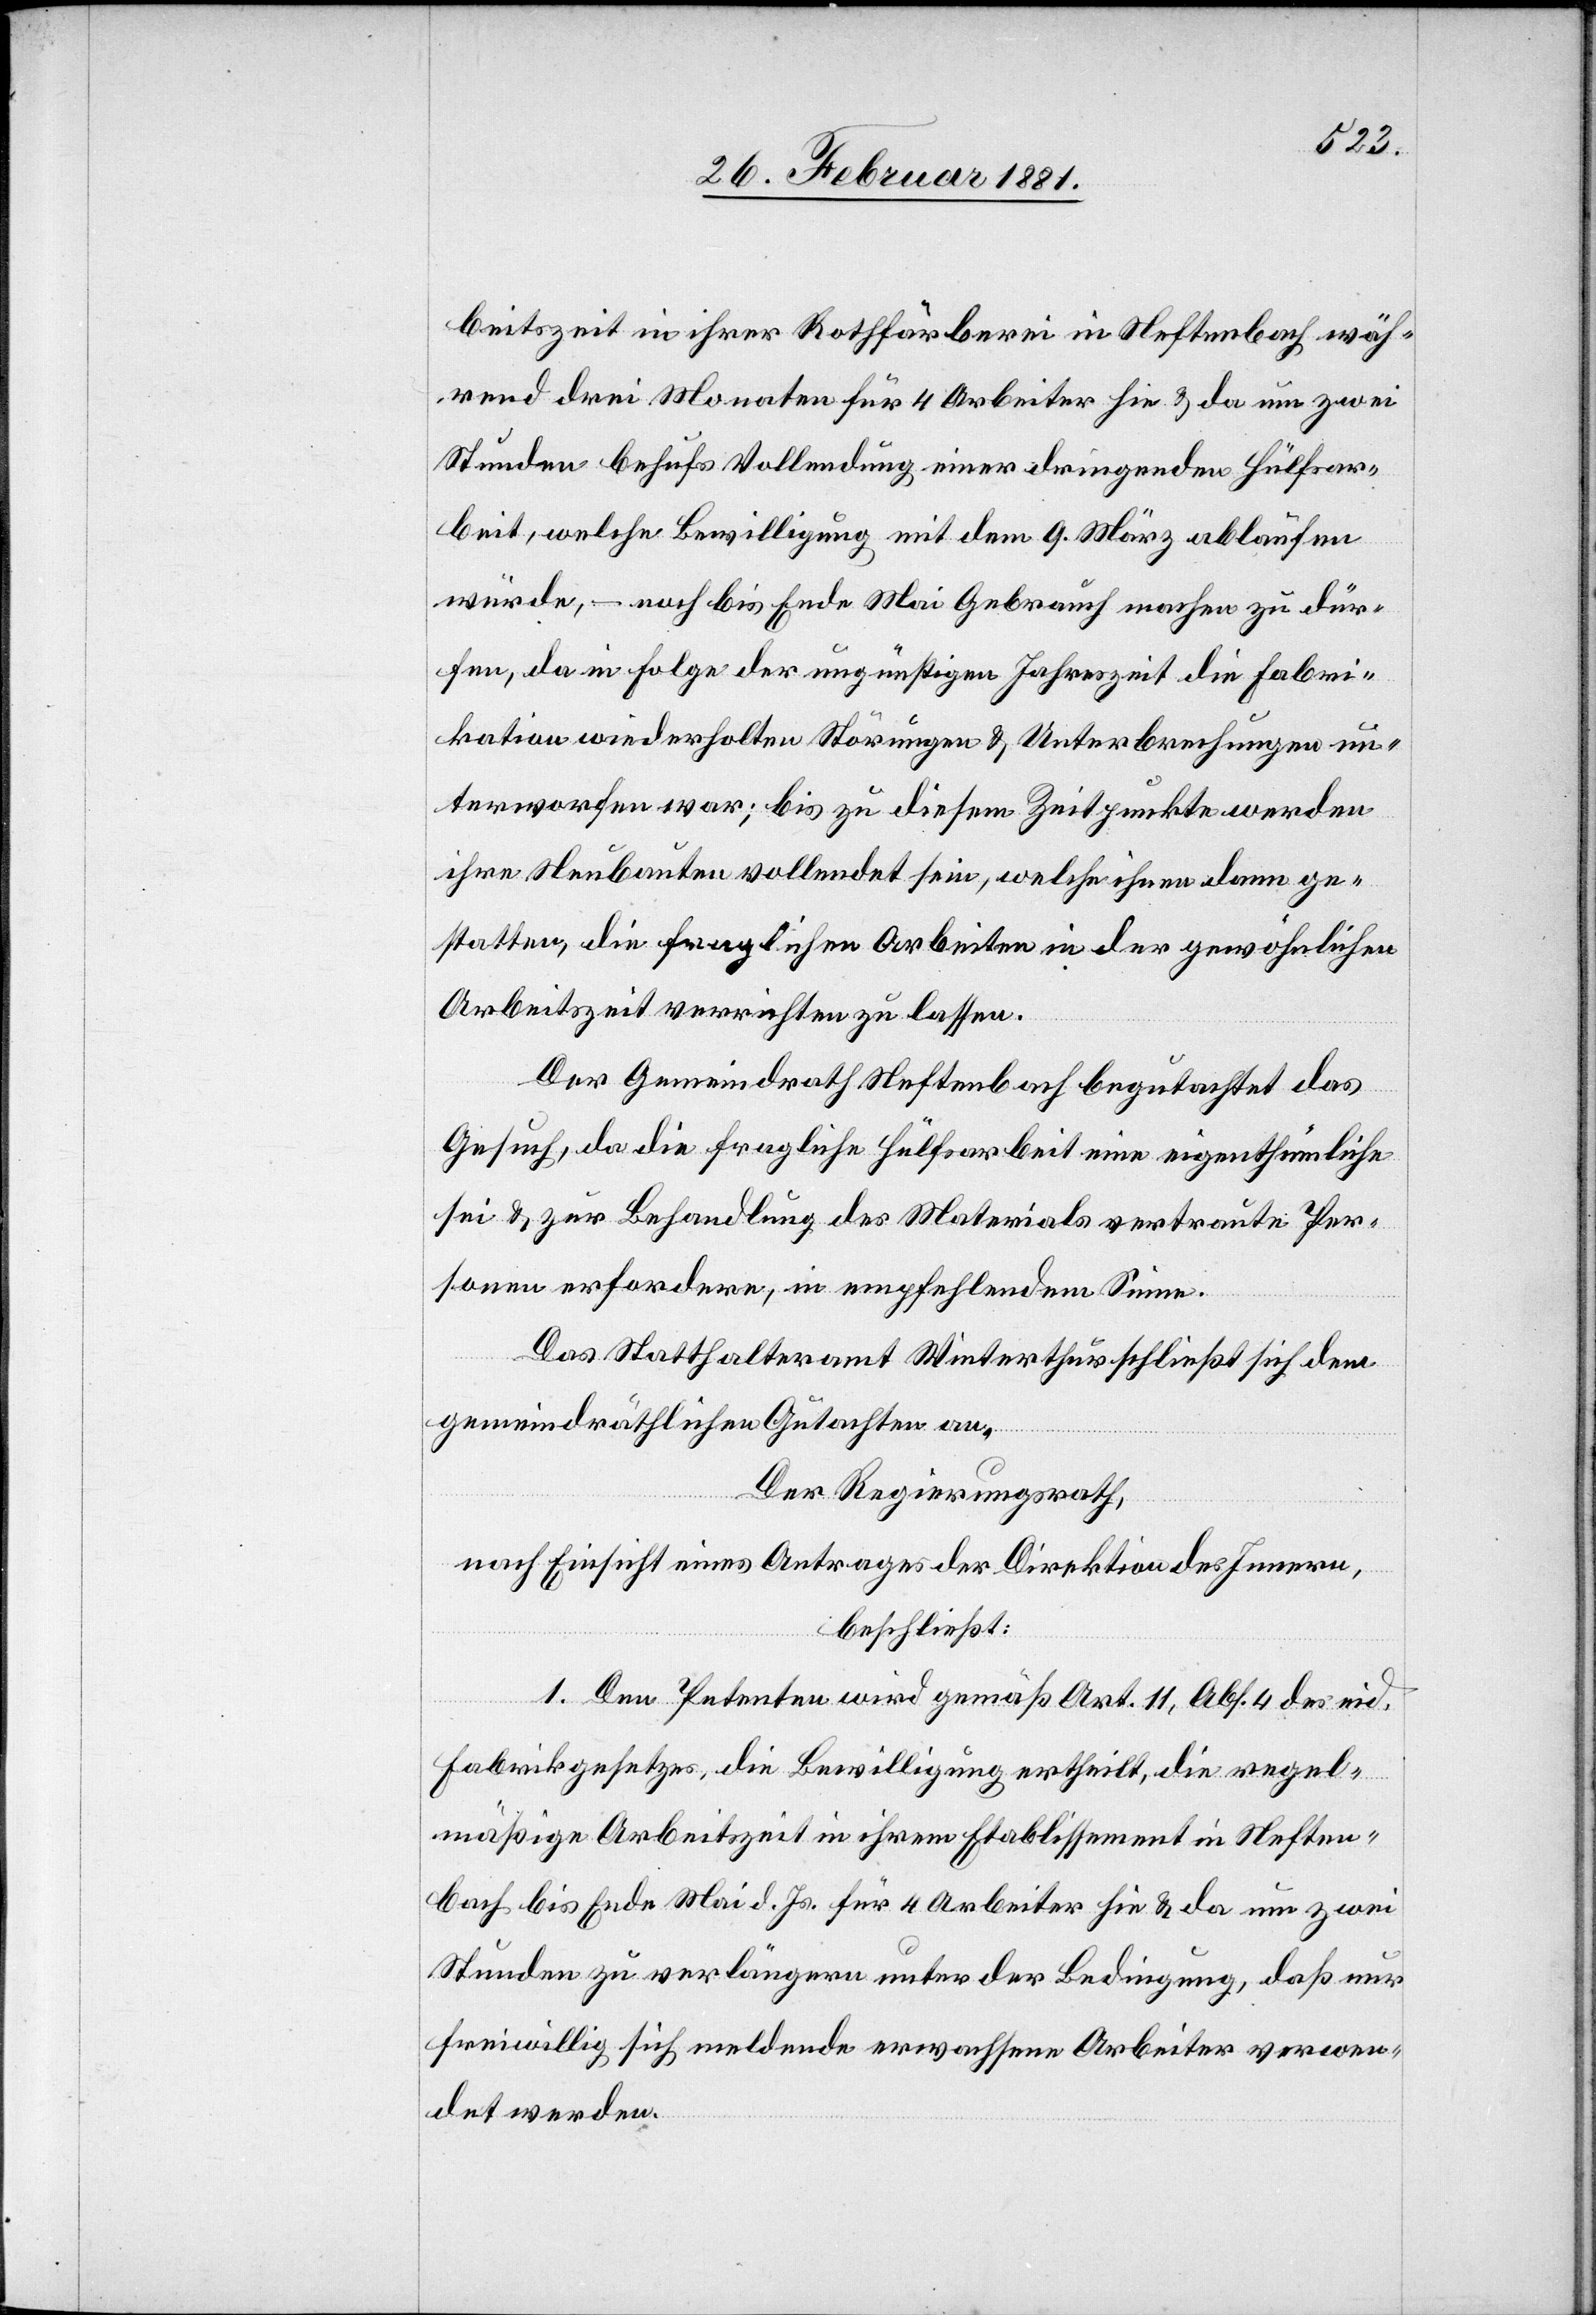
beitszeit in ihrer Rothfärberei in Neftenbach wäh¬
rend drei Monaten für 4 Arbeiter hie & da um zwei
Stunden behufs Vollendung einer dringenden Hülfsar¬
beit, welche Bewilligung mit dem 9. März ablaufen
würde, – noch bis Ende Mai Gebrauch machen zur dür¬
fen, da in Folge der ungünstigen Jahreszeit die Fabri¬
kation wiederholten Störungen & Unterbrechungen un¬
terworfen war; bis zu diesem Zeitpunkte werden
ihre Neubauten vollendet sein, welche ihnen dann ge¬
statten, die fraglichen Arbeiten in der gewöhnlichen
Arbeitszeit verrichten zu lassen.
Der Gemeindrath Neftenbach begutachtet das
Gesuch, da die fragliche Hülfsarbeit eine eigenthümliche
sei & zur Behandlung des Materials vertraute Per¬
sonen erfordere, in empfehlendem Sinne.
Das Statthalteramt Winterthur schließt sich dem
gemeindräthlichen Gutachten an.
Der Regierungsrath,
nach Einsicht eines Antrages der Direktion des Innern,
beschließt:
1. Den Petenten wird gemäß Art. 11, Abs. 4 des eid.
Fabrikgesetzes, die Bewilligung ertheilt, die regel¬
mäßige Arbeitszeit in ihrem Etablissement in Neften¬
bach bis Ende Mai d. Js. zu verlängern unter der Bedingung, daß
freiwillig sich meldende erwachsene Arbeiter verwen¬
det werden.